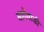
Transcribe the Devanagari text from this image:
बागेवाडी